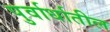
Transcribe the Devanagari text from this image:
पुर्वार्धातील